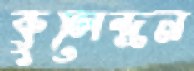
কুলেন্দ্রন